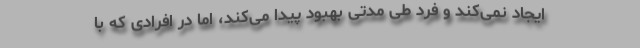
ایجاد نمی‌کند و فرد طی مدتی بهبود پیدا می‌کند، اما در افرادی که با